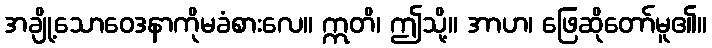
အချို့သောဝေဒနာကိုမခံစားလေ။ ဣတိ၊ ဤသို့။ အာဟ၊ ဖြေဆိုတော်မူ၏။